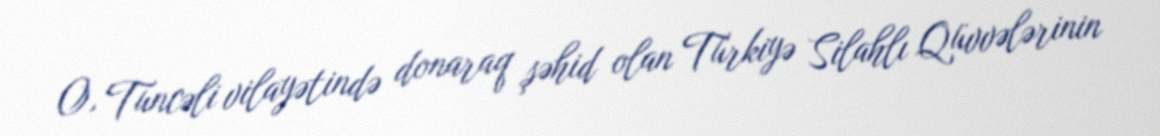
O, Tuncəli vilayətində donaraq şəhid olan Türkiyə Silahlı Qüvvələrinin